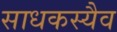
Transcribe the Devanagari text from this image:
साधकस्यैव